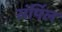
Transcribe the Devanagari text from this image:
संर्पिल